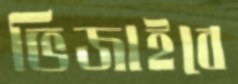
ভিজাইবে